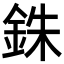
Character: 銖